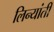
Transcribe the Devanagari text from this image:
लिन्यांती